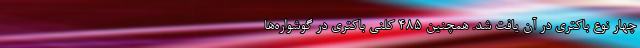
چهار نوع باکتری در آن یافت شد. همچنین ۴۸۵ کلنی باکتری در گوشواره‌ها